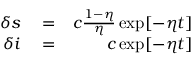
\begin{array} { r l r } { \delta s } & { { } = } & { c \frac { 1 - \eta } { \eta } \exp [ - \eta t ] } \\ { \delta i } & { { } = } & { c \exp [ - \eta t ] } \end{array}